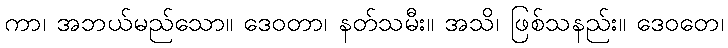
ကာ၊ အဘယ်မည်သော။ ဒေဝတာ၊ နတ်သမီး။ အသိ၊ ဖြစ်သနည်း။ ဒေဝတေ၊